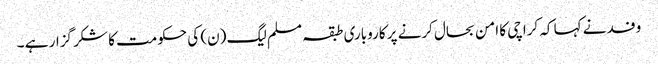
وفد نے کہا کہ کراچی کا امن بحال کرنے پر کاروباری طبقہ مسلم لیگ (ن) کی حکومت کا شکر گزار ہے ۔